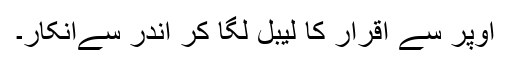
اوپر سے اقرار کا لیبل لگا کر اندر سےانکار۔